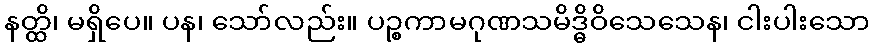
နတ္ထိ၊ မရှိပေ။ ပန၊ သော်လည်း။ ပဉ္စကာမဂုဏသမိဒ္ဓိဝိသေသေန၊ ငါးပါးသော